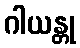
ဂါယန္တု